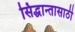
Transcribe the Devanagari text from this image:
सिद्धान्तासाठी